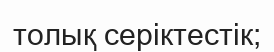
толық серіктестік;